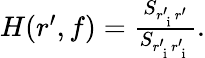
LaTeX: \begin{array}{r}{H(r^{\prime},f)=\frac{S_{r_{\mathrm{~i~}}^{\prime}r^{\prime}}}{S_{r_{\mathrm{~i~}}^{\prime}r_{\mathrm{~i~}}^{\prime}}}.}\end{array}